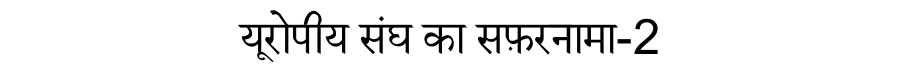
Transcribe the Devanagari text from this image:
यूरोपीय संघ का सफ़रनामा-2